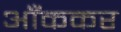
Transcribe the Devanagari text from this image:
आँककर